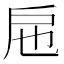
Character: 㦾